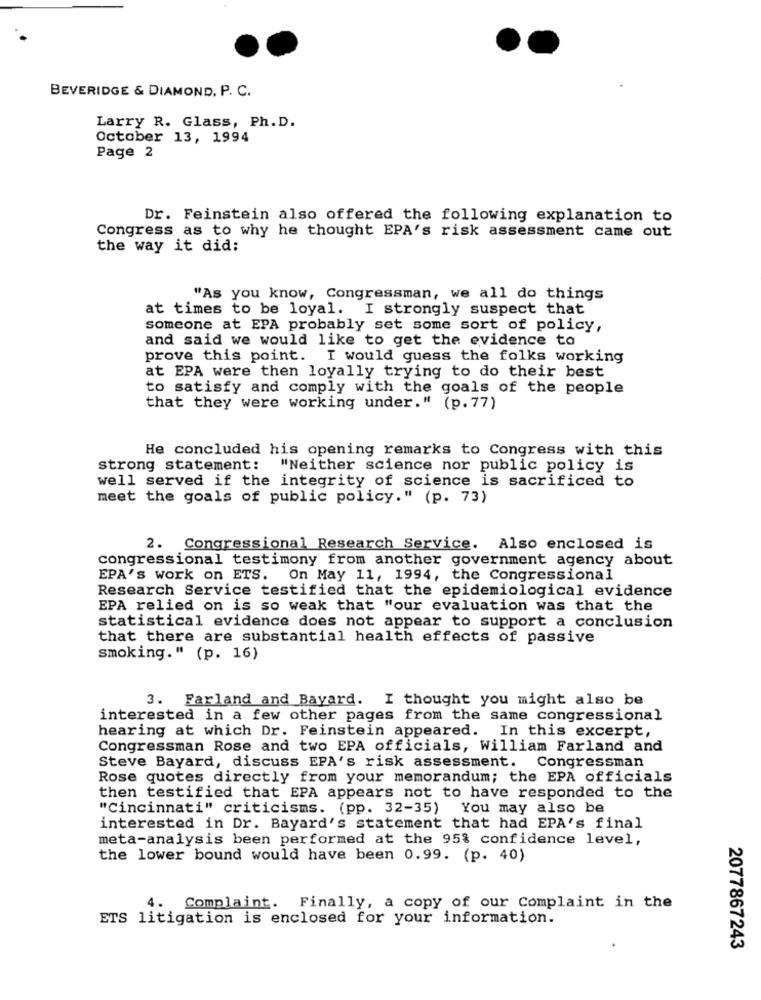
BEVERIDGE & DIAMOND, P. C.
Larry R. Glass, Ph. D.
October 13, 1994
Page 2
Dr. Feinstein also offered the following explanation to
Congress as to why he thought EPA's risk assessment came out
the way it did:
"As you know, Congressman, we all do things
at times to be loyal. I strongly suspect that
someone at EPA probably set some sort of policy,
and said we would like to get the evidence to
prove this point. I would guess the folks working
at EPA were then loyally trying to do their best
to satisfy and comply with the goals of the people
that they were working under." (p. 77)
He concluded his opening remarks to Congress with this
strong statement: "Neither science nor public policy is
well served if the integrity of science is sacrificed to
meet the goals of public policy." (p. 73)
2. Congressional Research Service. Also enclosed is
congressional testimony from another government agency about
EPA's work on ETS. On May 11, 1994, the Congressional
Research Service testified that the epidemiological evidence
EPA relied on is so weak that "our evaluation was that the
statistical evidence does not appear to support a conclusion
that there are substantial health effects of passive
smoking." (p. 16)
3. Farland and Bayard. I thought you might also be
interested in a few other pages from the same congressional
hearing at which Dr. Feinstein appeared. In this excerpt,
Congressman Rose and two EPA officials, William Farland and
Steve Bayard, discuss EPA's risk assessment. Congressman
Rose quotes directly from your memorandum; the EPA officials
then testified that EPA appears not to have responded to the
"Cincinnati" criticisms. (pp. 32-35) You may also be
interested in Dr. Bayard's statement that had EPA's final
meta-analysis been performed at the 95% confidence level,
the lower bound would have been 0.99. (p. 40)
4.
Complaint.
Finally, a copy of our Complaint in the
ETS litigation is enclosed for your information.
2077867243